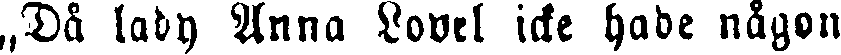
„Då lady Anna Lovel icke hade någon